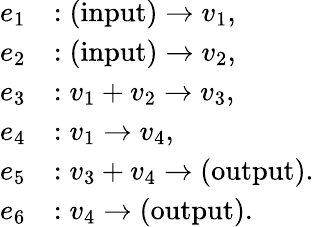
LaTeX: \begin{array}{rl}{e_{1}}&{:\mathrm{(input)}\to v_{1},}\\ {e_{2}}&{:\mathrm{(input)}\to v_{2},}\\ {e_{3}}&{:v_{1}+v_{2}\to v_{3},}\\ {e_{4}}&{:v_{1}\to v_{4},}\\ {e_{5}}&{:v_{3}+v_{4}\to\mathrm{(output)}.}\\ {e_{6}}&{:v_{4}\to\mathrm{(output)}.}\end{array}